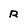
Character: R